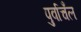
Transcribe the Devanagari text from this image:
पुर्वाचँल